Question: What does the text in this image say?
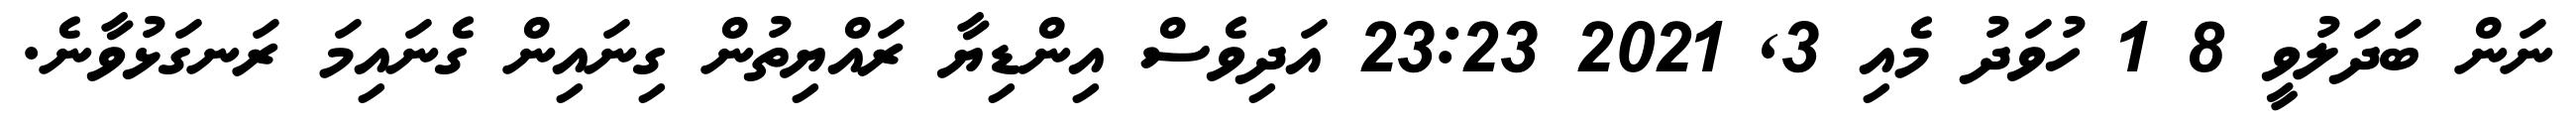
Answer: ނަން ބަދަލުވީ 8 1 ހުވަދު މެއި 3, 2021 23:23 އަދިވެސް އިންޑިޔާ ރައްޔިތުން ގިނައިން ގެނައިމަ ރަނގަޅުވާނެ.